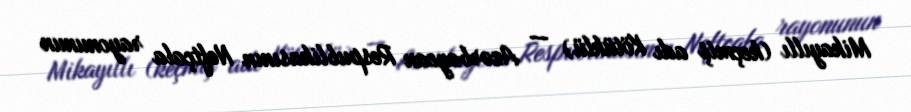
Mikayıllı (keçmiş adı Kötüklü) — Azərbaycan Respublikasının Neftçala rayonunun